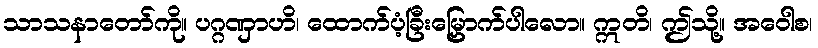
သာသနာတော်ကို။ ပဂ္ဂဏှာဟိ၊ ထောက်ပံ့ခြီးမြှောက်ပါလော။ ဣတိ၊ ဤသို့။ အဝေါစ၊